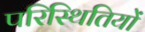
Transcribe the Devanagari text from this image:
परिस्‍िथतियों